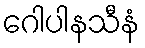
ဂေါပါနသီနံ